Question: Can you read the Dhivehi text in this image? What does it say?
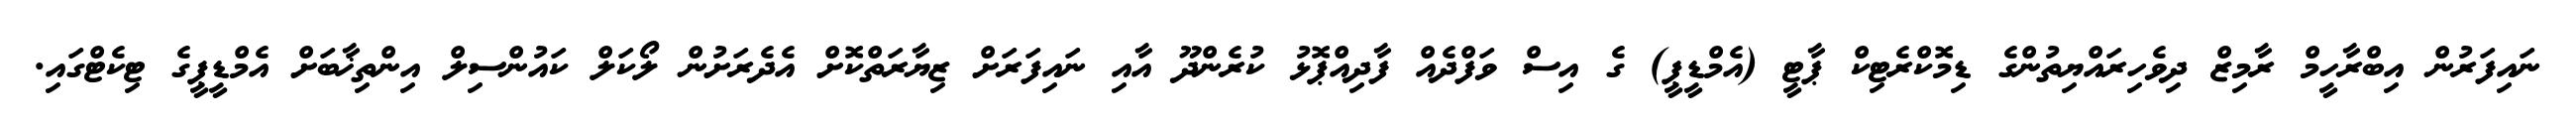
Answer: ނައިފަރުން އިބްރާހީމް ރާމިޒް ދިވެހިރައްޔިތުންގެ ޑިމޮކްރެޓިކް ޕާޓީ (އެމްޑީޕީ) ގެ އިސް ވަފްދެއް ފާދިއްޕޮޅު ކުރެންދޫ އާއި ނައިފަރަށް ޒިޔާރަތްކޮށް އެދެރަށުން ލޯކަލް ކައުންސިލް އިންތިޚާބަށް އެމްޑީޕީގެ ޓިކެޓްގައި.